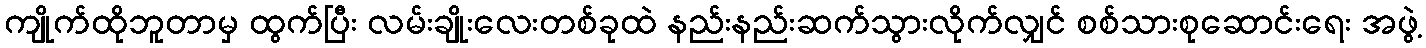
ကျိုက်ထိုဘူတာမှ ထွက်ပြီး လမ်းချိုးလေးတစ်ခုထဲ နည်းနည်းဆက်သွားလိုက်လျှင် စစ်သားစုဆောင်းရေး အဖွဲ့